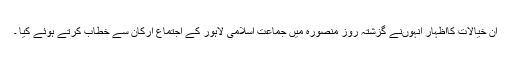
ان خیالات کااظہار انہوںنے گزشتہ روز منصورہ میں جماعت اسلامی لاہور کے اجتماع ارکان سے خطاب کرتے ہوئے کیا ۔